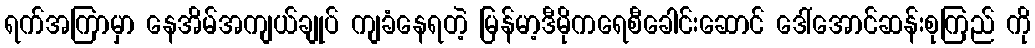
ရက်အကြာမှာ နေအိမ်အကျယ်ချုပ် ကျခံနေရတဲ့ မြန်မာ့ဒီမိုကရေစီခေါင်းဆောင် ဒေါ်အောင်ဆန်းစုကြည် ကို